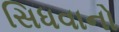
સિધવાનો